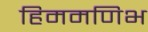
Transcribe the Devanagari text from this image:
हिममणिभ